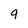
Character: 9